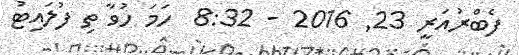
ފެބްރުއަރީ 23